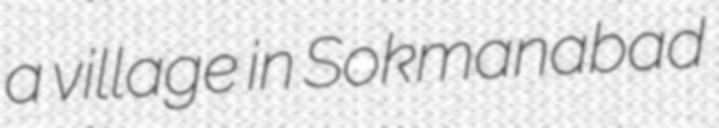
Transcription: a village in Sokmanabad